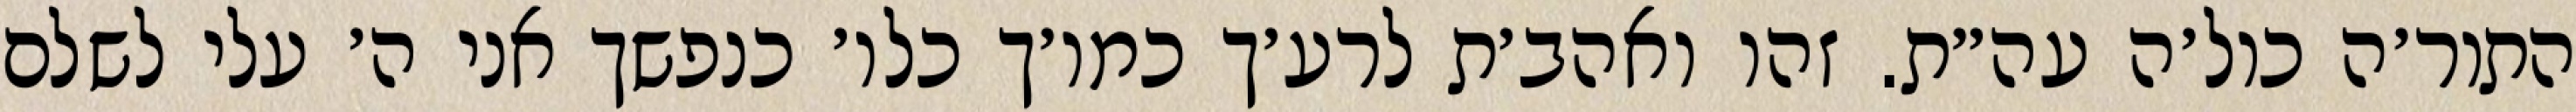
התור׳ה כול׳ה עה״ת. זהו ואהב׳ת לרע׳ך כמו׳ך כלו׳ כנפשך אני ה׳ עלי לשלם